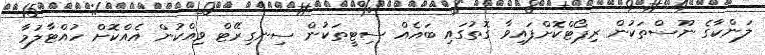
ލަންކާގެ ނޫސްތަކުން ރިޕޯޓްކޮށްފައިވާ ގޮތުގައި ބައެއް ސިޓީތަކުން ސިނގިރޭޓް ވިއްކުން އެއްކޮށް ހުއްޓާލުމާ